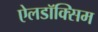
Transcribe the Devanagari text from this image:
ऐलडॉक्सिम